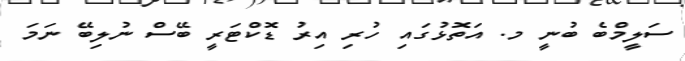
ސަލީމްބެ ބުނީ މ. އަތޮޅުގައި ހުރި އިރު ޑޮކްޓަރީ ބޭސް ނުލިބޭ ނަމަ